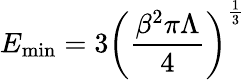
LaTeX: E_{\mathrm{min}}=3\left(\frac{\beta^{2}\pi\Lambda}{4}\right)^{\frac{1}{3}}